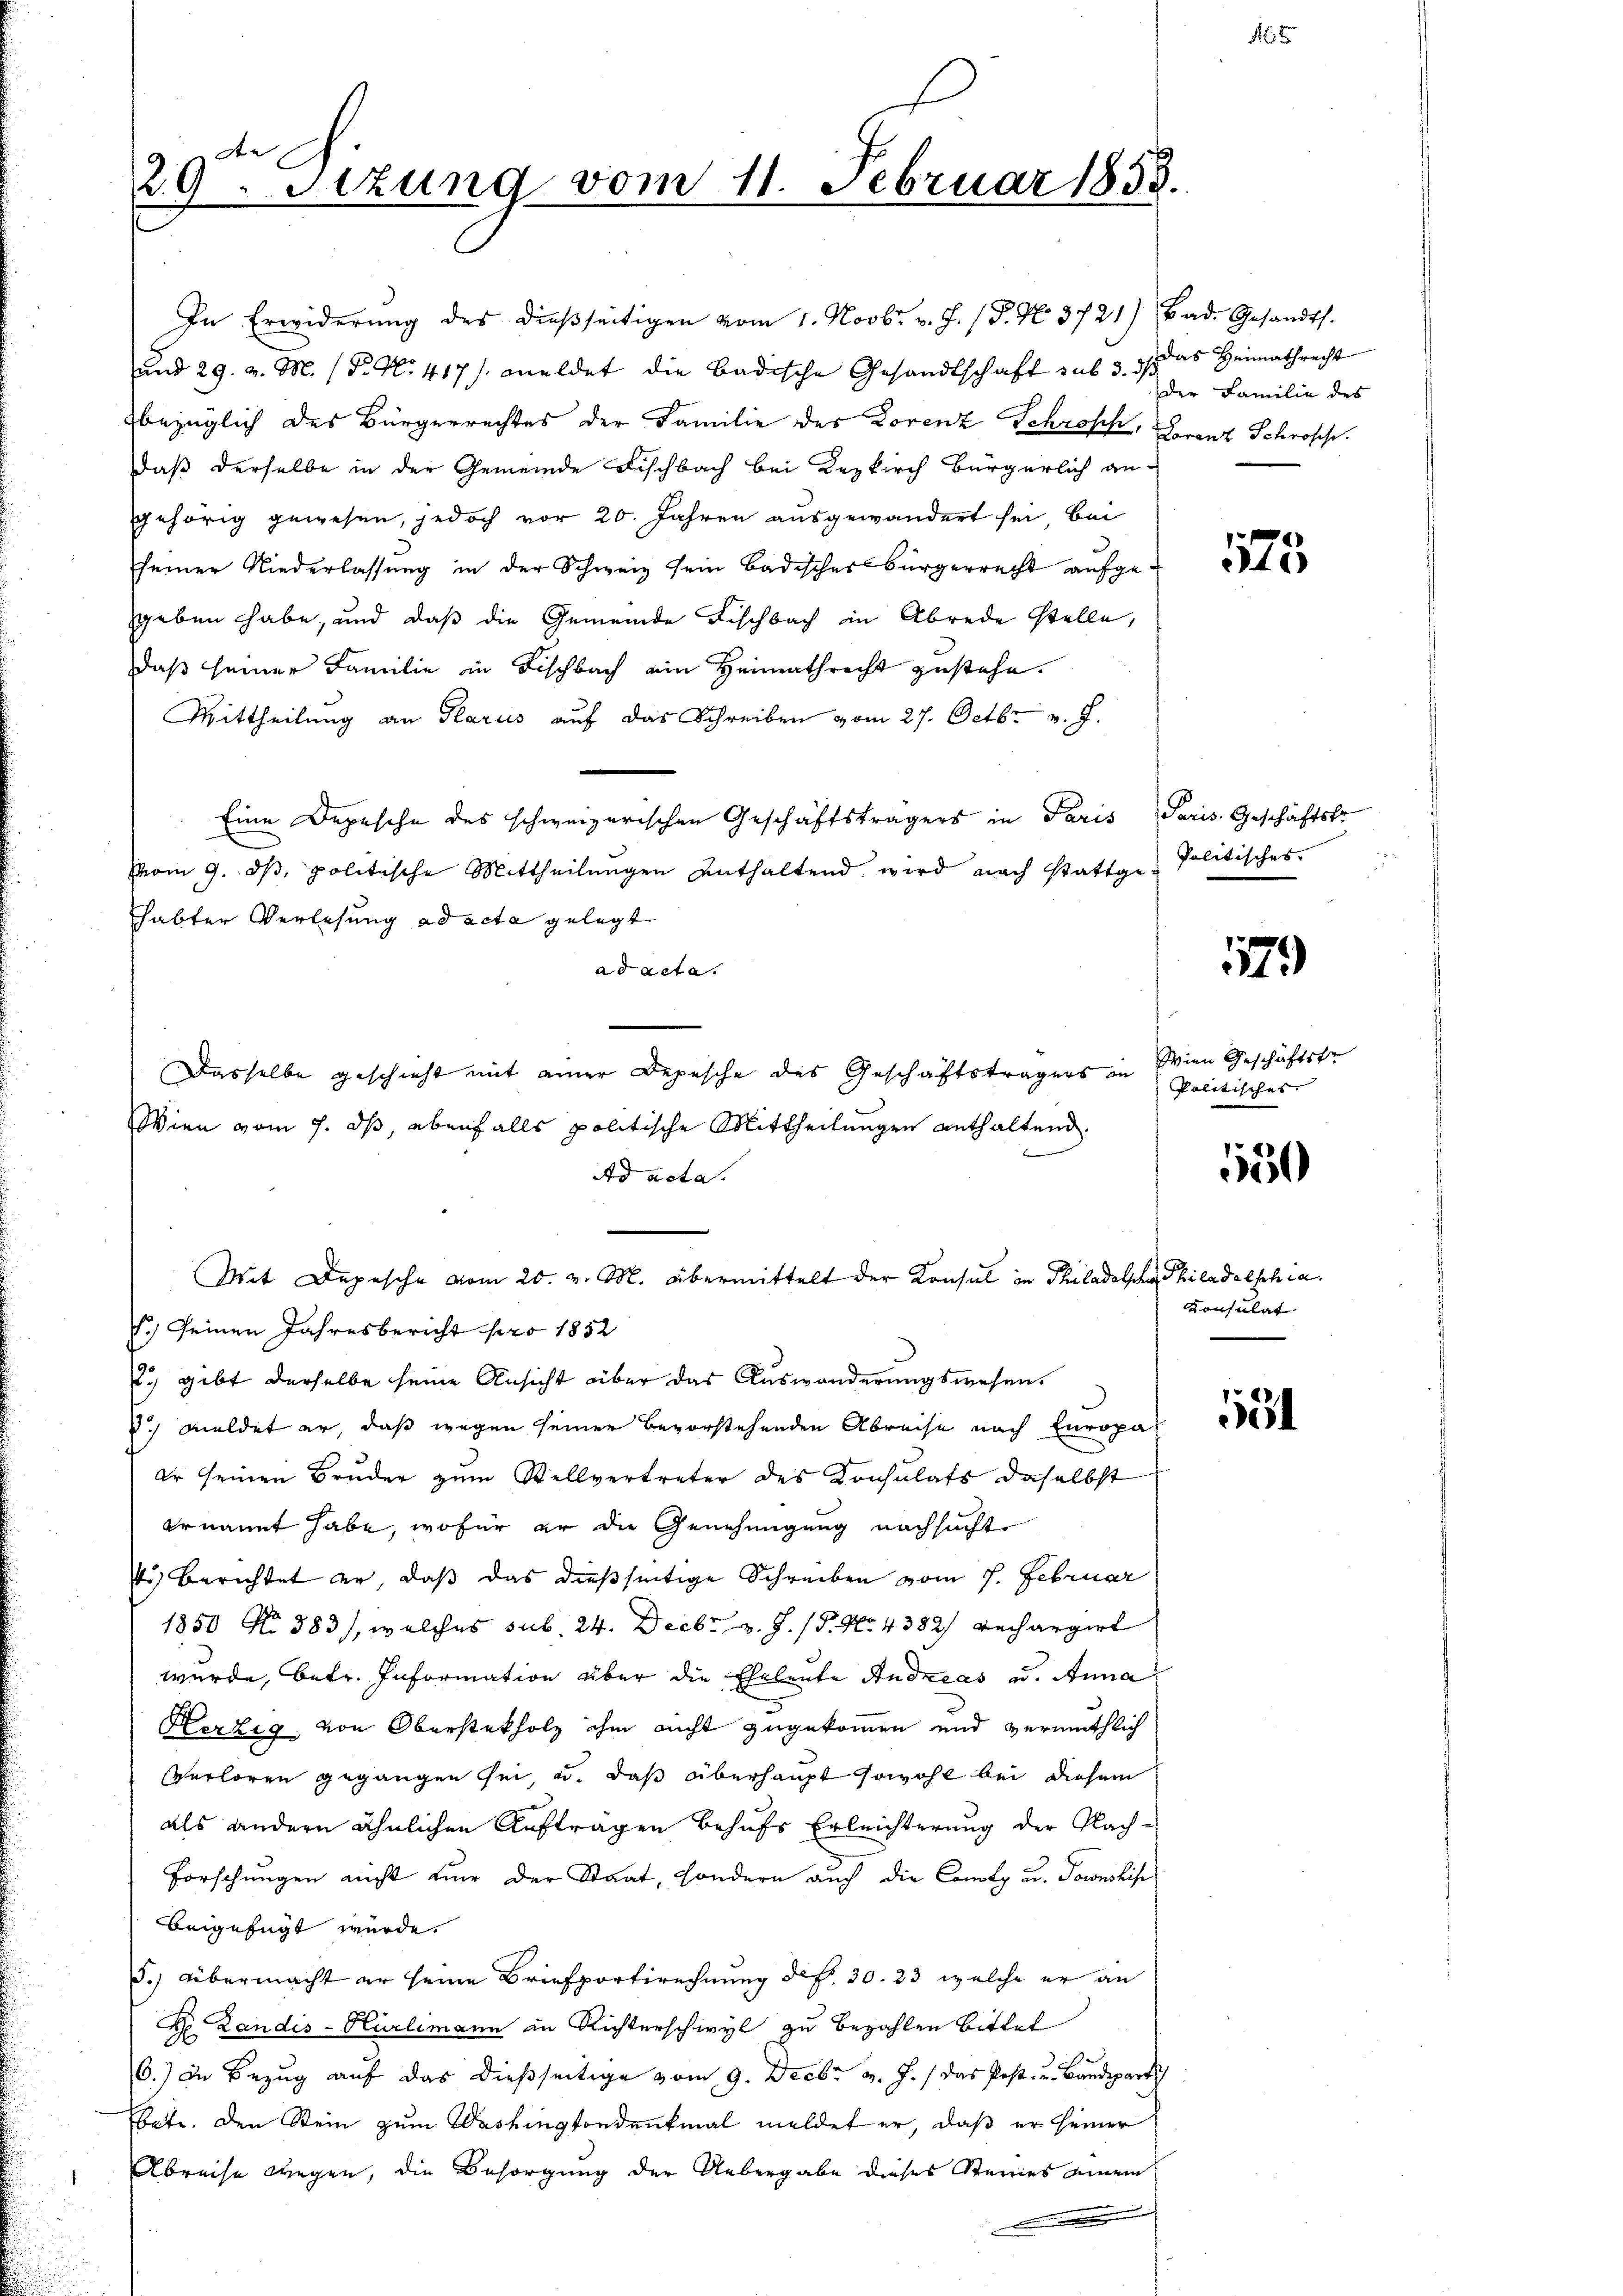
29. Sitzung vom 11. Februar 1858.

In Erwiderŭng des dieβseitigen vom 1. Novbr. v. J. (T. N. 3721) (Bad. Gesandts.
und 29. v. M. (T. N. 417). meldet die Badische Gesandtschaft sub 3. ds. das Heimathrecht
bezüglich des Bürgerrechtes der Familie des Lorenz Schrosch, Granz Schrosche
daß derselbe in der Gemeinde Fischbach bei Kezkirch Bürgerlich ge-
gehörig gewesen, jedoch vor 20. Jahren ausgewandert sei, bei
seiner Niederlassung in der Schweiz sein Badischer Bürgerrecht aufgeggeben habe, und daß die Gemeinde Fischbach in Abrede stelle,
daß seiner Familie in Fischbach ein Heimathrecht zustehe.
Mittheilung an Glarus auf das Schreiben vom 27. Octbr. v. J.
Eine Depesche des schweizerischen Geschäftsträgers in Paris Paris Geschäftstr
vom 9. ds, politische Mittheilungen enthaltend wird nach stattgehabten Verlesung ad acta gelegt
ad acta.
Dasselbe geschieht mit einer Depesche des Geschäftsträgers in
Wien vom 7. ds, ebenfalls politische Mittheilungen enthaltend.
k
Ad acta.
Mit Depesche vom 20. v. M. übermittelt der Konsul in Philadelsche Philadelschia
.) seinen Jahresbericht pro 1852
2) gibt derselbe seine Ansicht über das Auswanderungswesen.
d. meldet er, daß wegen seiner bevorstehenden Abreise nach Europaer seinen Bruder zum Stellvertreter des Konsulats daselbst
ernannt habe, wofür er die Genehmigung nachsucht
P) Berichtet er, daß das dießseitige Schreiben vom 7. Februar
1850 No 383), welches sub. 24. Decbr v. J. P. Nr. 4382) Rechargert
wurde, betr. Information über die Eheleute Andreas u. Anna
Herzig, von Oberstekholz ihm nicht zugekommen und vermuthlich
sverloren gegangen sei, u. das überhaupt sowohl bei diesem
als andern ähnlichen Aufträgen behufs Erleichterung der Nach-
Forschungen nicht nur der Staat, sondern auch die Comty u. Toronskis
beigefügt wurde.
5.) Übermacht er seine Briefportirechnung des 30. 23, welche er an
H. Landis-Hürlimann in Richterschwyl zu bezahlen bittet
6.) In Bezug auf das dießseitige vom 9. Decbr v. J. / das Post- u. Baudepartsch
stete. Den Stein zum Washingtondenkmal meldet er, daß er seiner
Abreise wegen, die Besorgung der Uebergabe dieses Steines einem
c

der Familie des

N 5

173

Politisches.

1179

Wien Geschäftstr
Politisches.
Consulat

150

15